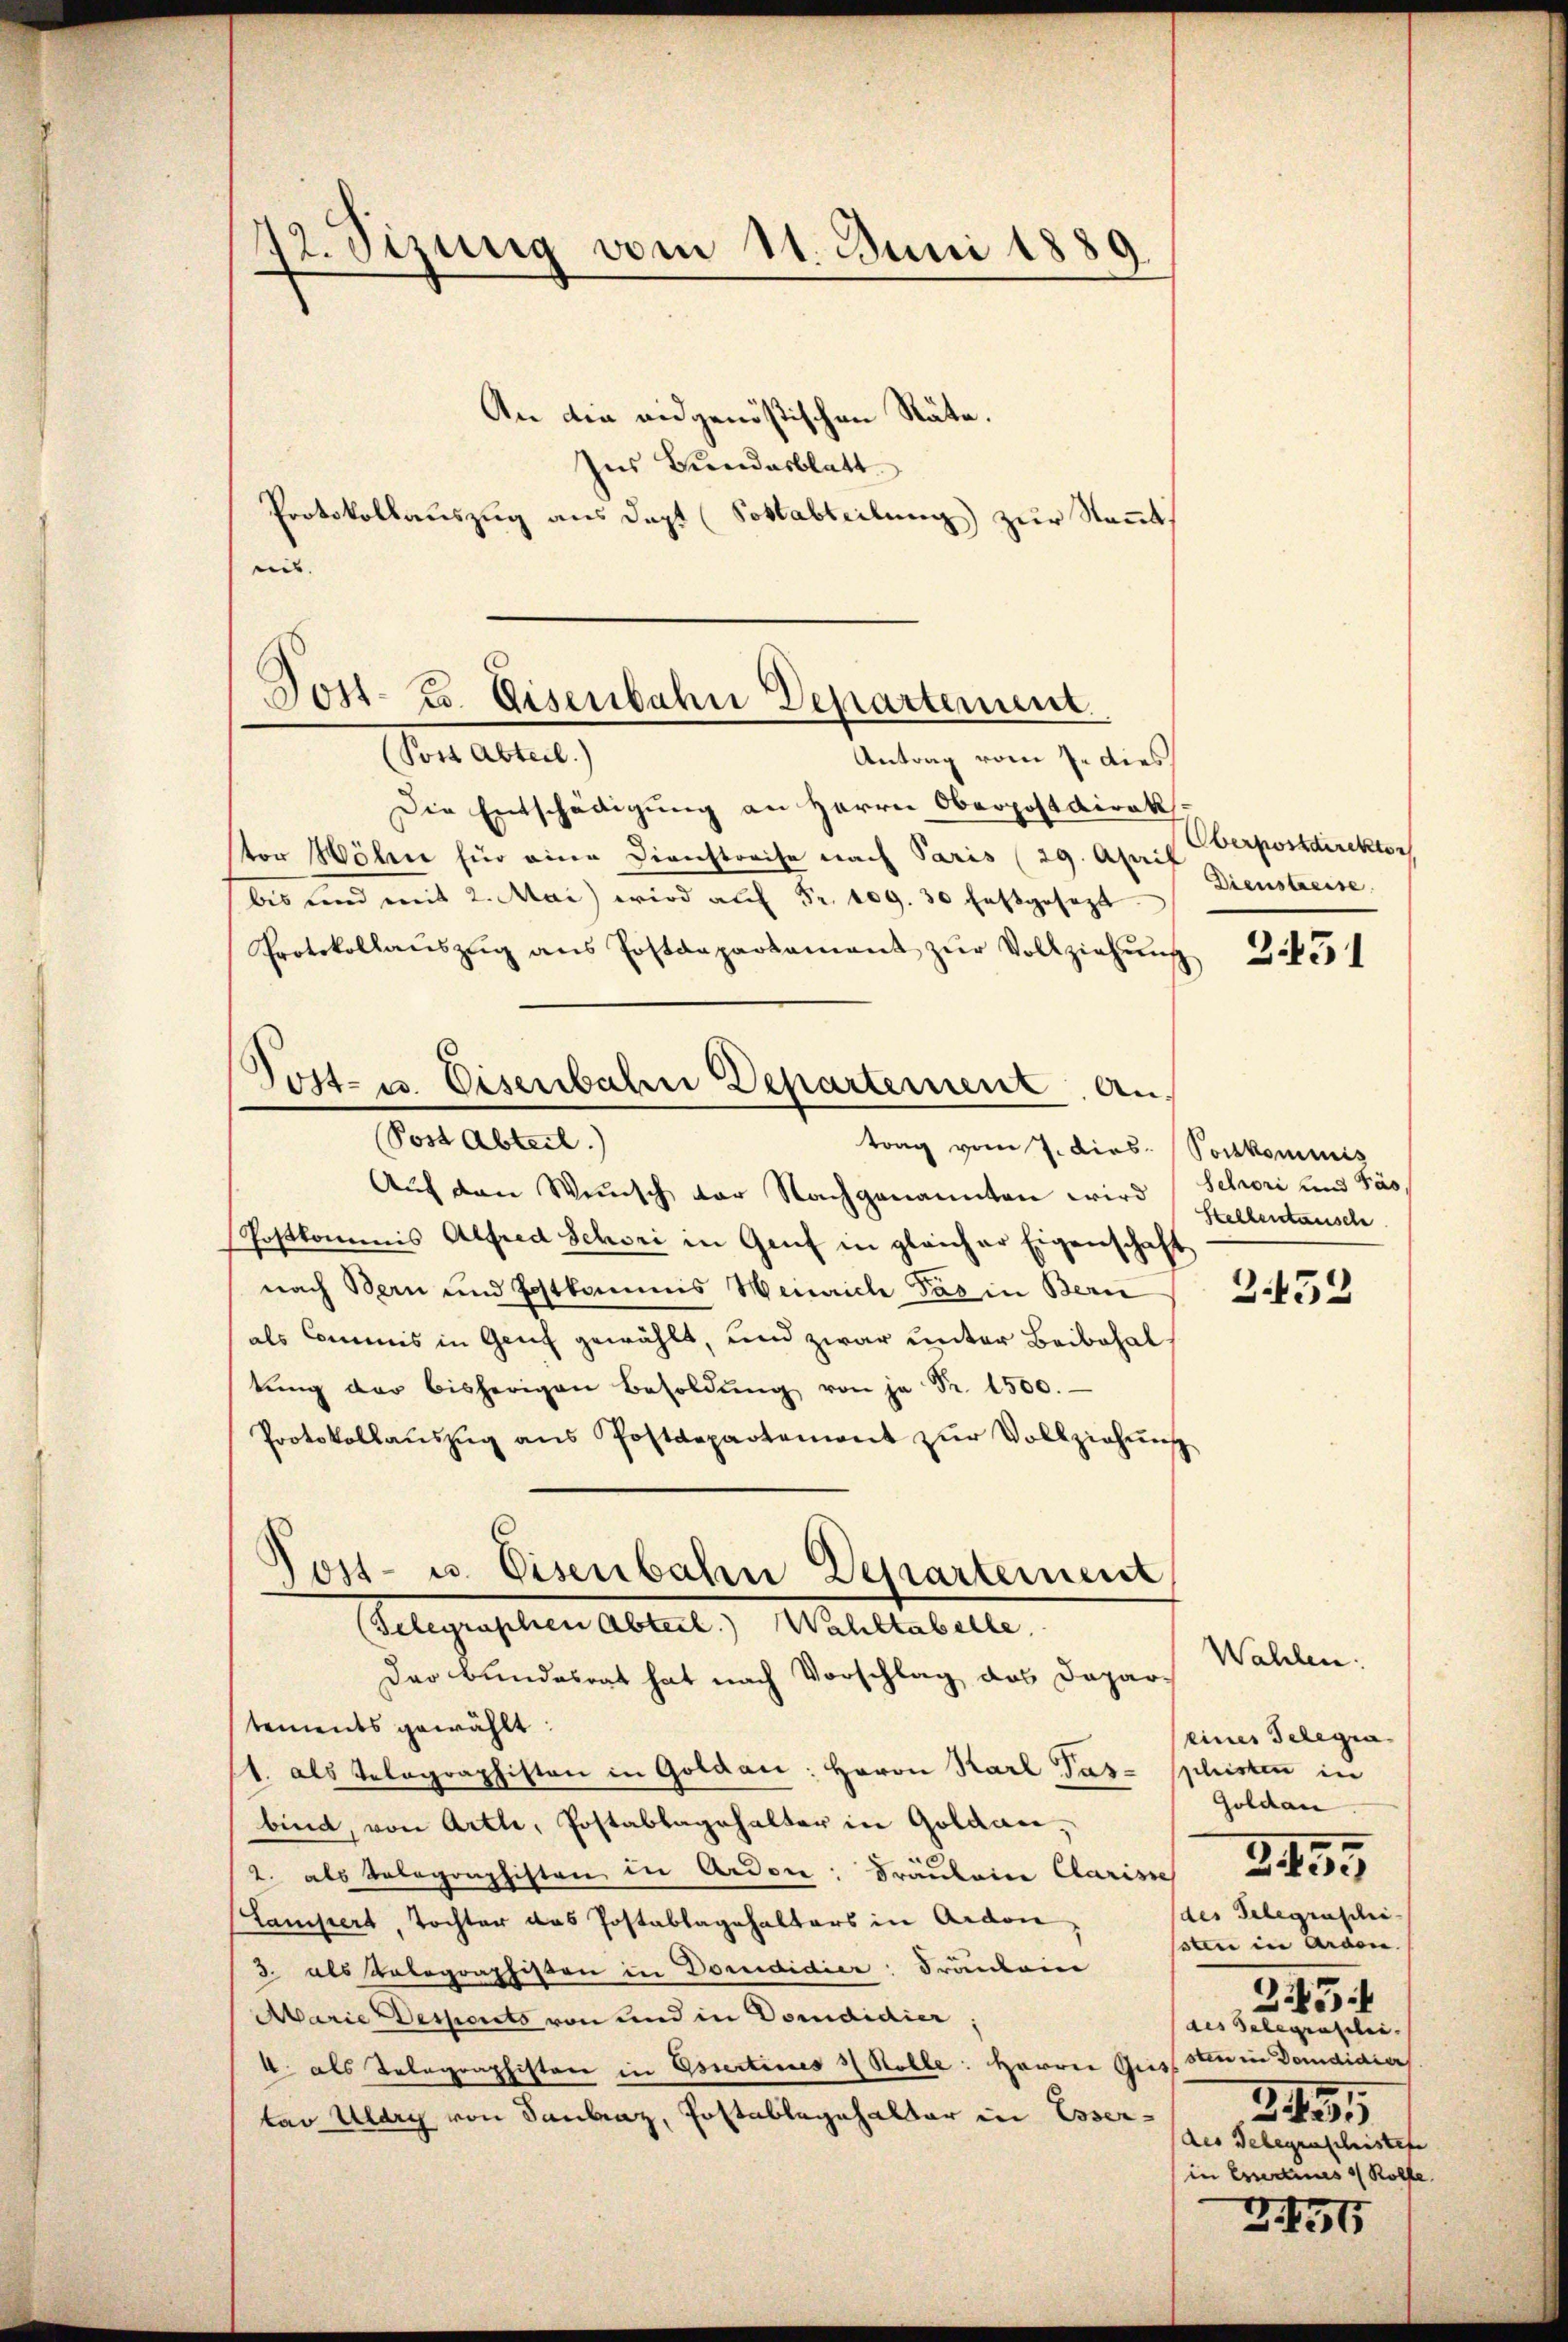
12. Sizung vom 11. Juni 1889.

An die eidgenössischen Räte.
Ins Bundesblatt
Protokollauszug aus dept (Sottabteilung) zur Kennt.
nis. |

Post- u. Eisenbahn Departement

Post- u. Eisenbahn Departement An¬

on attet,
Antrag vom 7. dies
Die Entschädigung an Herrn Oberpostdirek
stor Wöhner für eine Dienstreise nach Paris (29. April
bis und mit 2. Mai wird aŭf Fr. 109. 30 festgesezt.
Protokollaŭszŭg ans Postdepartament zŭr Vollziehŭng
(Post Abteil)
trag vom J. dies
Auf den Wünsch der Nachgenannten wird
Postkommnis Alfred Schori in Genf in gleicher Eigenschaft
nach Bern und Postkommis Weinrich Pas in Bern
als Commis in Genf gewählt, und zwar unter Beibehal
tŭng der bisherigen Besoldŭng von je Fr. 1500.
Protokollaŭszŭg ans Postdepartement zŭr Vollziehŭng
Post- u. Eisenbahn Departement
(Telegraphen Abteil. Wahltabelle
Der Bundesrat hat nach Vorschlag das Dapartements gewählt:
1. als Telegraphisten in Goldar: Herrn Karl Pas-
bind, von Artl, Postablagehalter in Goldau,
2. als Telegraphisten in Arden: Fräulein Clarisch Bese
Stampert, Tochter das Postablagehalters in Ardon
3. als Belegraphisten in Dorididier: Frankenn
Marie Desserets von und in Domididier,
4 als Telegraphistor in Essertines 3 Rolle: Herren Geiss sie in Dandidier
tav Ulary von Sanbraz, Postablegehalter in Esser-

Oberpostdirektor
Dienstreise

2.451

Postkommis
Schori und Pas
Stellentansche

2.452

Wahlen.
eines Telegia
shisten in
Goldau
(des Telegraschi
ssten in Arden.
25
des Gelegrasilie.
3. 459.
des Belegenschristete
(in Execius 1 Rolfe

3

2154